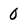
Character: 0